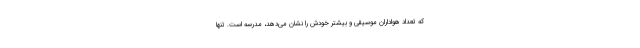
که تعداد هواداران موسیقی و بیشتر خودش را نشان می‌دهد، مدرسه است. تنها